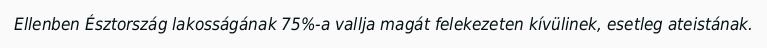
Ellenben Észtország lakosságának 75%-a vallja magát felekezeten kívülinek, esetleg ateistának.